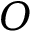
O